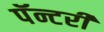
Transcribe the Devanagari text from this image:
पॅन्टरी